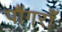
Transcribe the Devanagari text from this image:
पौंगराँ